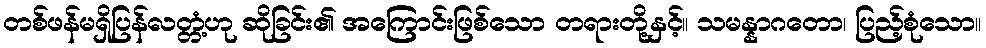
တစ်ဖန်မရှိပြန်လတ္တံ့ဟု ဆိုခြင်း၏ အကြောင်းဖြစ်သော တရားတို့နှင့်။ သမန္နာဂတော၊ ပြည့်စုံသော။